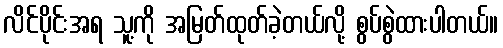
လိင်ပိုင်းအရ သူ့ကို အမြတ်ထုတ်ခဲ့တယ်လို့ စွပ်စွဲထားပါတယ်။